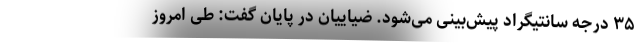
۳۵ درجه سانتیگراد پیش‌بینی می‌شود. ضیاییان در پایان گفت: طی امروز